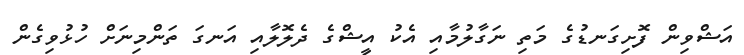
އަޝްވިން ފޮށިގަނޑުގެ މަތި ނަގާލުމާއި އެކު އީޝްގެ ދެލޮލާއި އަނގަ ތަންމިނަށް ހުޅުވިގެން